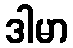
ဒါမာ